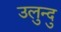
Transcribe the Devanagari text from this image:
उलुन्दु